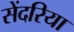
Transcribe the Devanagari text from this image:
सेंदरिया